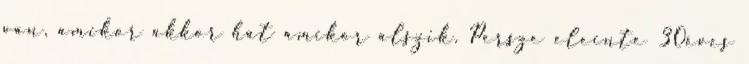
van, amikor akkor hat amikor alszik. Persze eleinte 30éves